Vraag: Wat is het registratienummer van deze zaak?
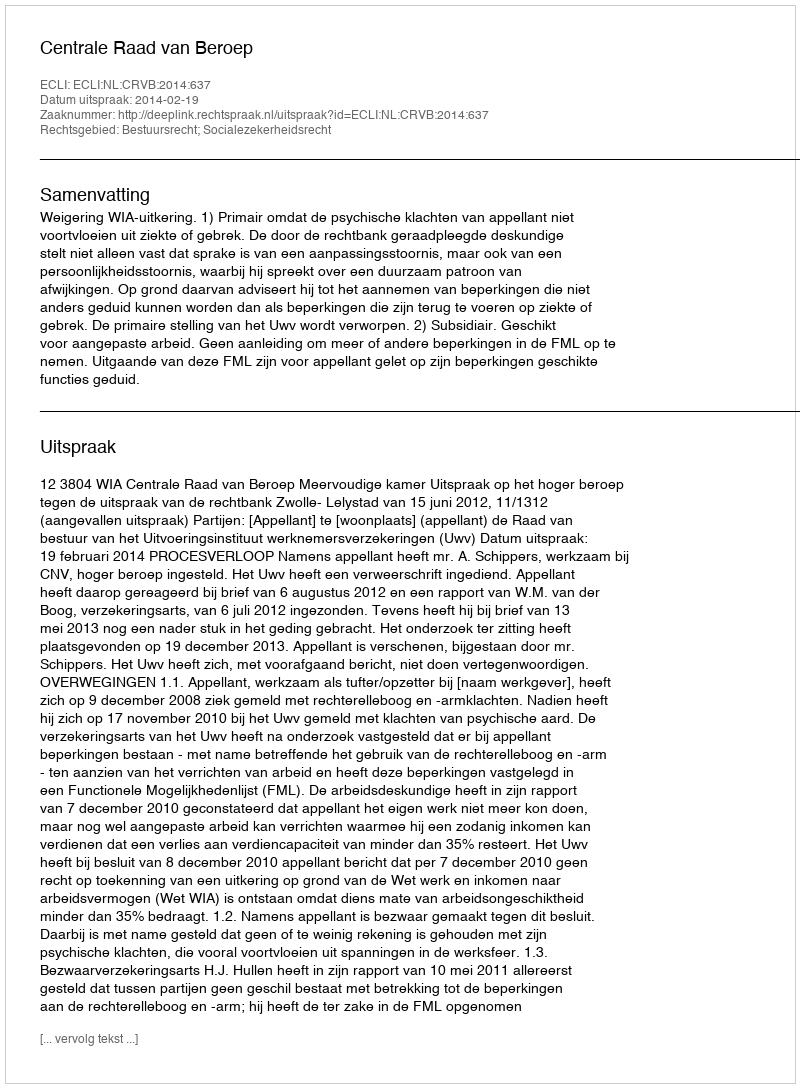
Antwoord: http://deeplink.rechtspraak.nl/uitspraak?id=ECLI:NL:CRVB:2014:637